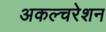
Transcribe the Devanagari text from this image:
अकल्चरेशन